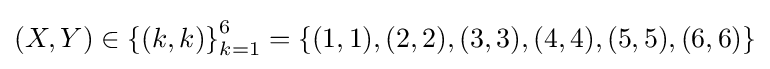
{\textstyle (X,Y)\in \left\{(k,k)\right\}_{k=1}^{6}=\left\{(1,1),(2,2),(3,3),(4,4),(5,5),(6,6)\right\}}